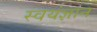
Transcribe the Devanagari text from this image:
स्वयंज्ञान